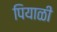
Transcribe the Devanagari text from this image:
पियाळी